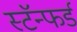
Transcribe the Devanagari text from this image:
स्टॅन्फर्ड